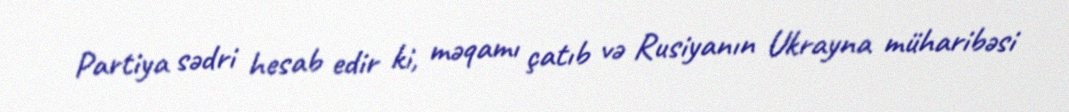
Partiya sədri hesab edir ki, məqamı çatıb və Rusiyanın Ukrayna müharibəsi